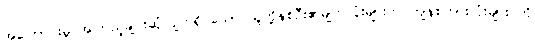
အကြောင်းမူ အကြည့်ချင်းဆုံလျက်ရှိ သော သူတို့နှစ်ဦး၏မျက်လုံးများက ကျန်စကားလုံးများ ကို